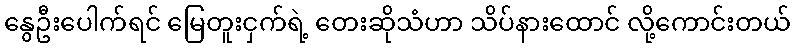
နွေဦးပေါက်ရင် မြေတူးငှက်ရဲ့ တေးဆိုသံဟာ သိပ်နားထောင် လို့ကောင်းတယ်